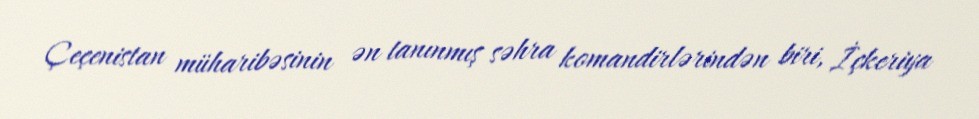
Çeçenistan müharibəsinin ən tanınmış səhra komandirlərindən biri, İçkeriya